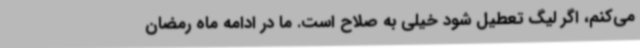
می‌کنم، اگر لیگ تعطیل شود خیلی به صلاح است. ما در ادامه ماه رمضان